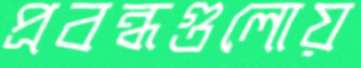
প্রবন্ধগুলোয়